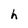
Character: h